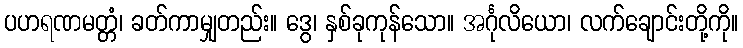
ပဟရဏမတ္တံ၊ ခတ်ကာမျှတည်း။ ဒွေ၊ နှစ်ခုကုန်သော။ အင်္ဂုလိယော၊ လက်ချောင်းတို့ကို။